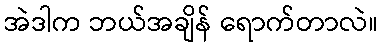
အဲဒါက ဘယ်အချိန် ရောက်တာလဲ။